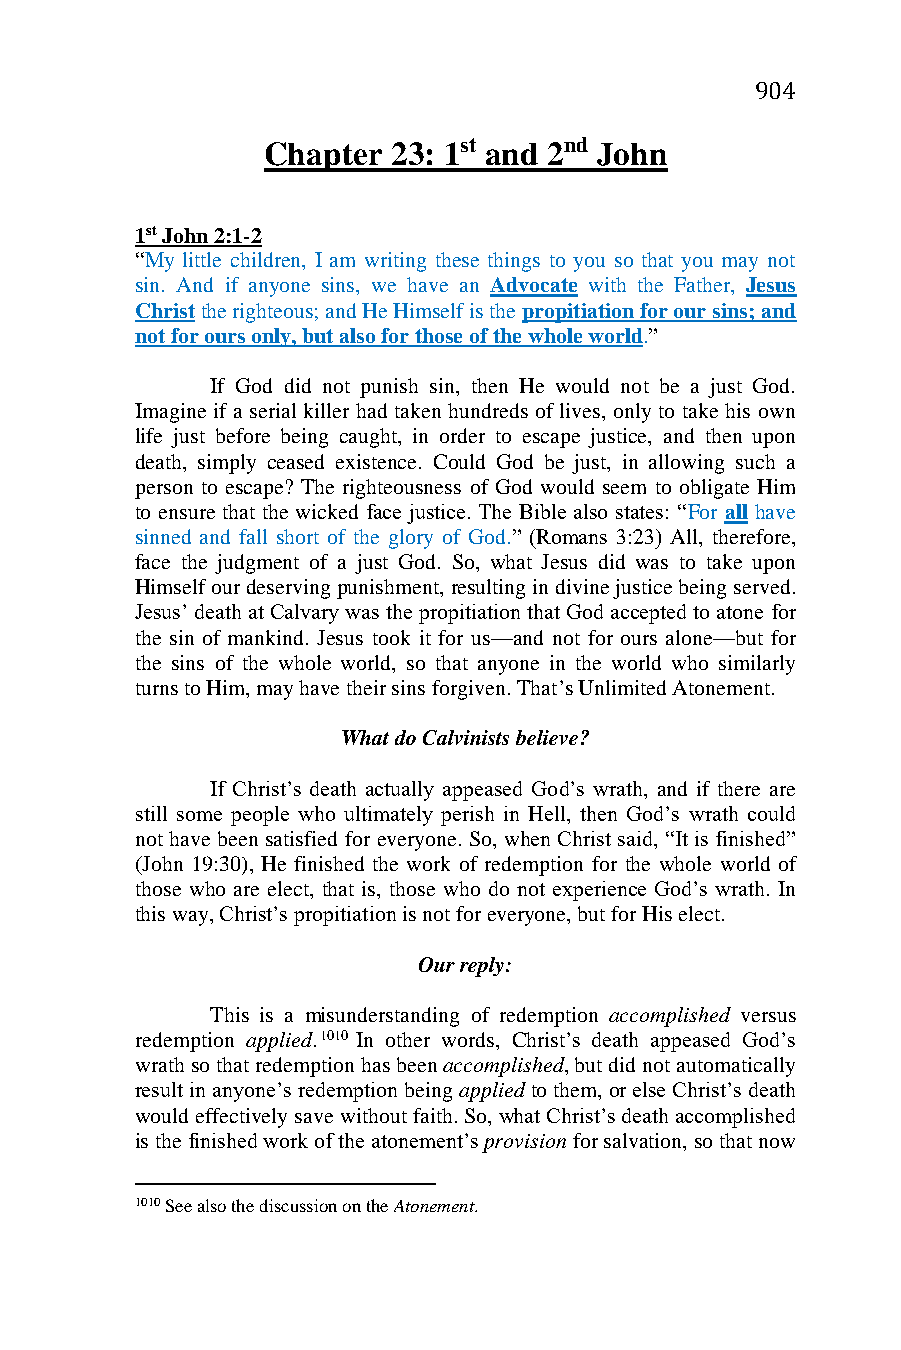
904
 Chapter  23: 1st and 2nd John
 1st John 2:1-2
 “My little children, I am writing these things to you so that you may not
 sin. And if anyone sins, we have an Advocate with the Father, Jesus
 Christ the righteous; and He Himself is the propitiation for our sins; and
 not for ours only, but also for those of the whole world.”
 If God did not punish sin, then He would not be a just God.
 Imagine if a serial killer had taken hundreds of lives, only to take his own
 life just before being caught, in order to escape justice, and then upon
 death, simply ceased existence. Could God be just, in allowing such a
 person to escape? The righteousness of God would seem to obligate Him
 to ensure that the wicked face justice. The Bible also states: “For all have
 sinned and fall short of the glory of God.” (Romans 3:23) All, therefore,
 face the judgment of a just God. So, what Jesus did was to take upon
 Himself our deserving punishment, resulting in divine justice being served.
 Jesus’ death at Calvary was the propitiation that God accepted to atone for
 the sin of mankind. Jesus took it for us—and not for ours alone—but for
 the sins of the whole world, so that anyone in the world who similarly
 turns to Him, may have their sins forgiven. That’s Unlimited Atonement.
 What do Calvinists believe?
 If Christ’s death actually appeased God’s wrath, and if there are
 still some people who ultimately perish in Hell, then God’s wrath could
 not have been satisfied for everyone. So, when Christ said, “It is finished”
 (John 19:30), He finished the work of redemption for the whole world of
 those who are elect, that is, those who do not experience God’s wrath. In
 this way, Christ’s propitiation is not for everyone, but for His elect.
 Our reply:
 This is a misunderstanding of redemption accomplished versus
 redemption applied.1010 In other words, Christ’s death appeased God’s
 wrath so that redemption has been accomplished, but did not automatically
 result in anyone’s redemption being applied to them, or else Christ’s death
 would effectively save without faith. So, what Christ’s death accomplished
 is the finished work of the atonement’s provision for salvation, so that now
 1010 See also the discussion on the Atonement.